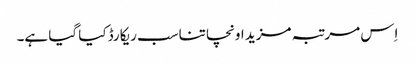
اِس مرتبہ مزید اونچا تناسب ریکارڈ کیا گیا ہے۔